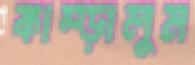
কাম্‌ড়ালুম